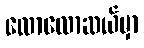
လောလောဆယ်မှာ